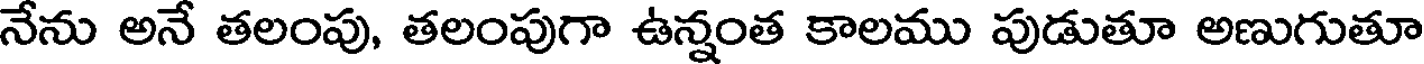
నేను అనే తలంపు, తలంపుగా ఉన్నంత కాలము పుడుతూ అణుగుతూ